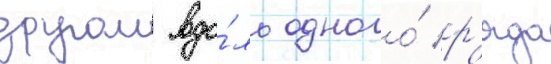
другом вдо́ль одного́ р'яда